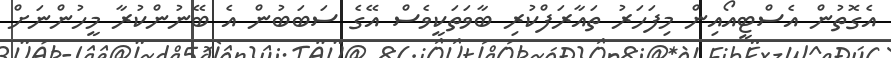
އެގޮތުން އެސްޓީއޯއިން މިފަހަރު ތައާރަފްކުރި ބާވަތަކީވެސް އޭގެ ސަބަބުން އެ ބޭނުންކުރާ މީހުންނަށް